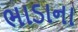
ભાડાના